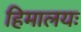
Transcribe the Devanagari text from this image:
हिमालयः